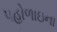
પહોળાઇના